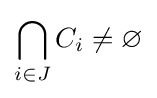
\bigcap _{i\in J}C_{i}\neq \varnothing